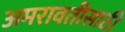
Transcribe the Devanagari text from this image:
अमरावतीसाठी